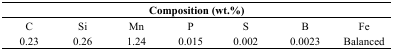
<table><thead><tr><td colspan="7"><b>Composition (wt.%)</b></td></tr></thead><tbody><tr><td>C</td><td>Si</td><td>Mn</td><td>P</td><td>S</td><td>B</td><td>Fe</td></tr><tr><td>0.23</td><td>0.26</td><td>1.24</td><td>0.015</td><td>0.002</td><td>0.0023</td><td>Balanced</td></tr></tbody></table>